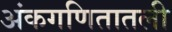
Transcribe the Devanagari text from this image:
अंकगणितातली